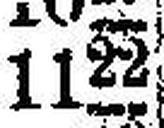
1122